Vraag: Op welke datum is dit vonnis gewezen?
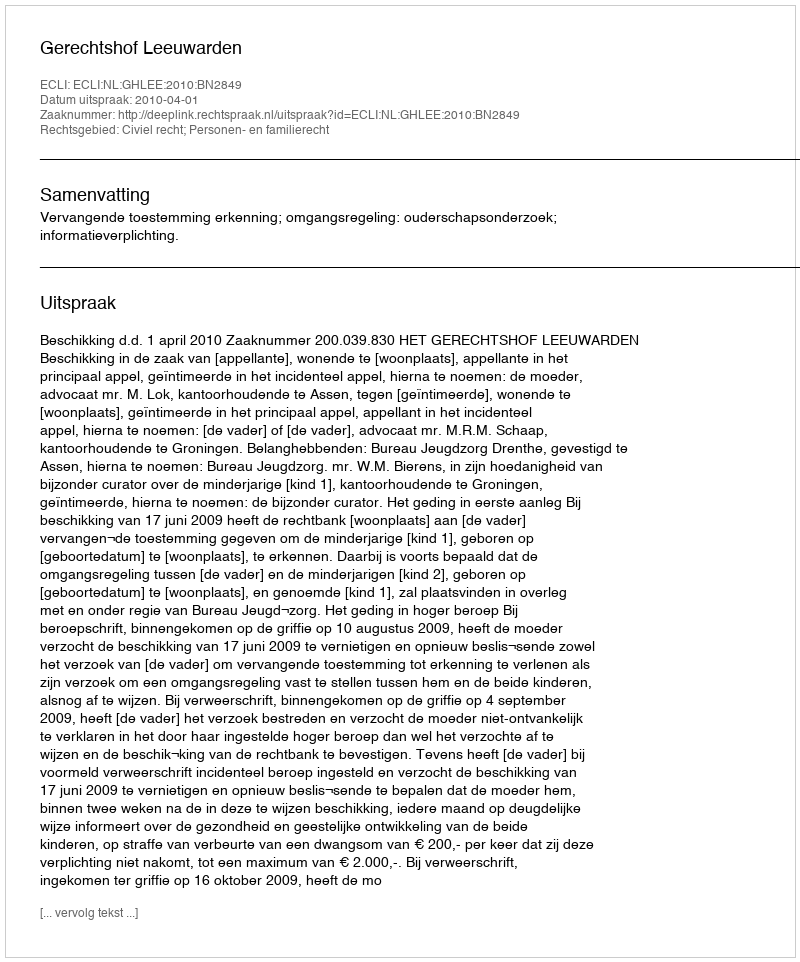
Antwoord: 2010-04-01